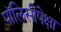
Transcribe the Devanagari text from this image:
पॉलिसीपेक्षा